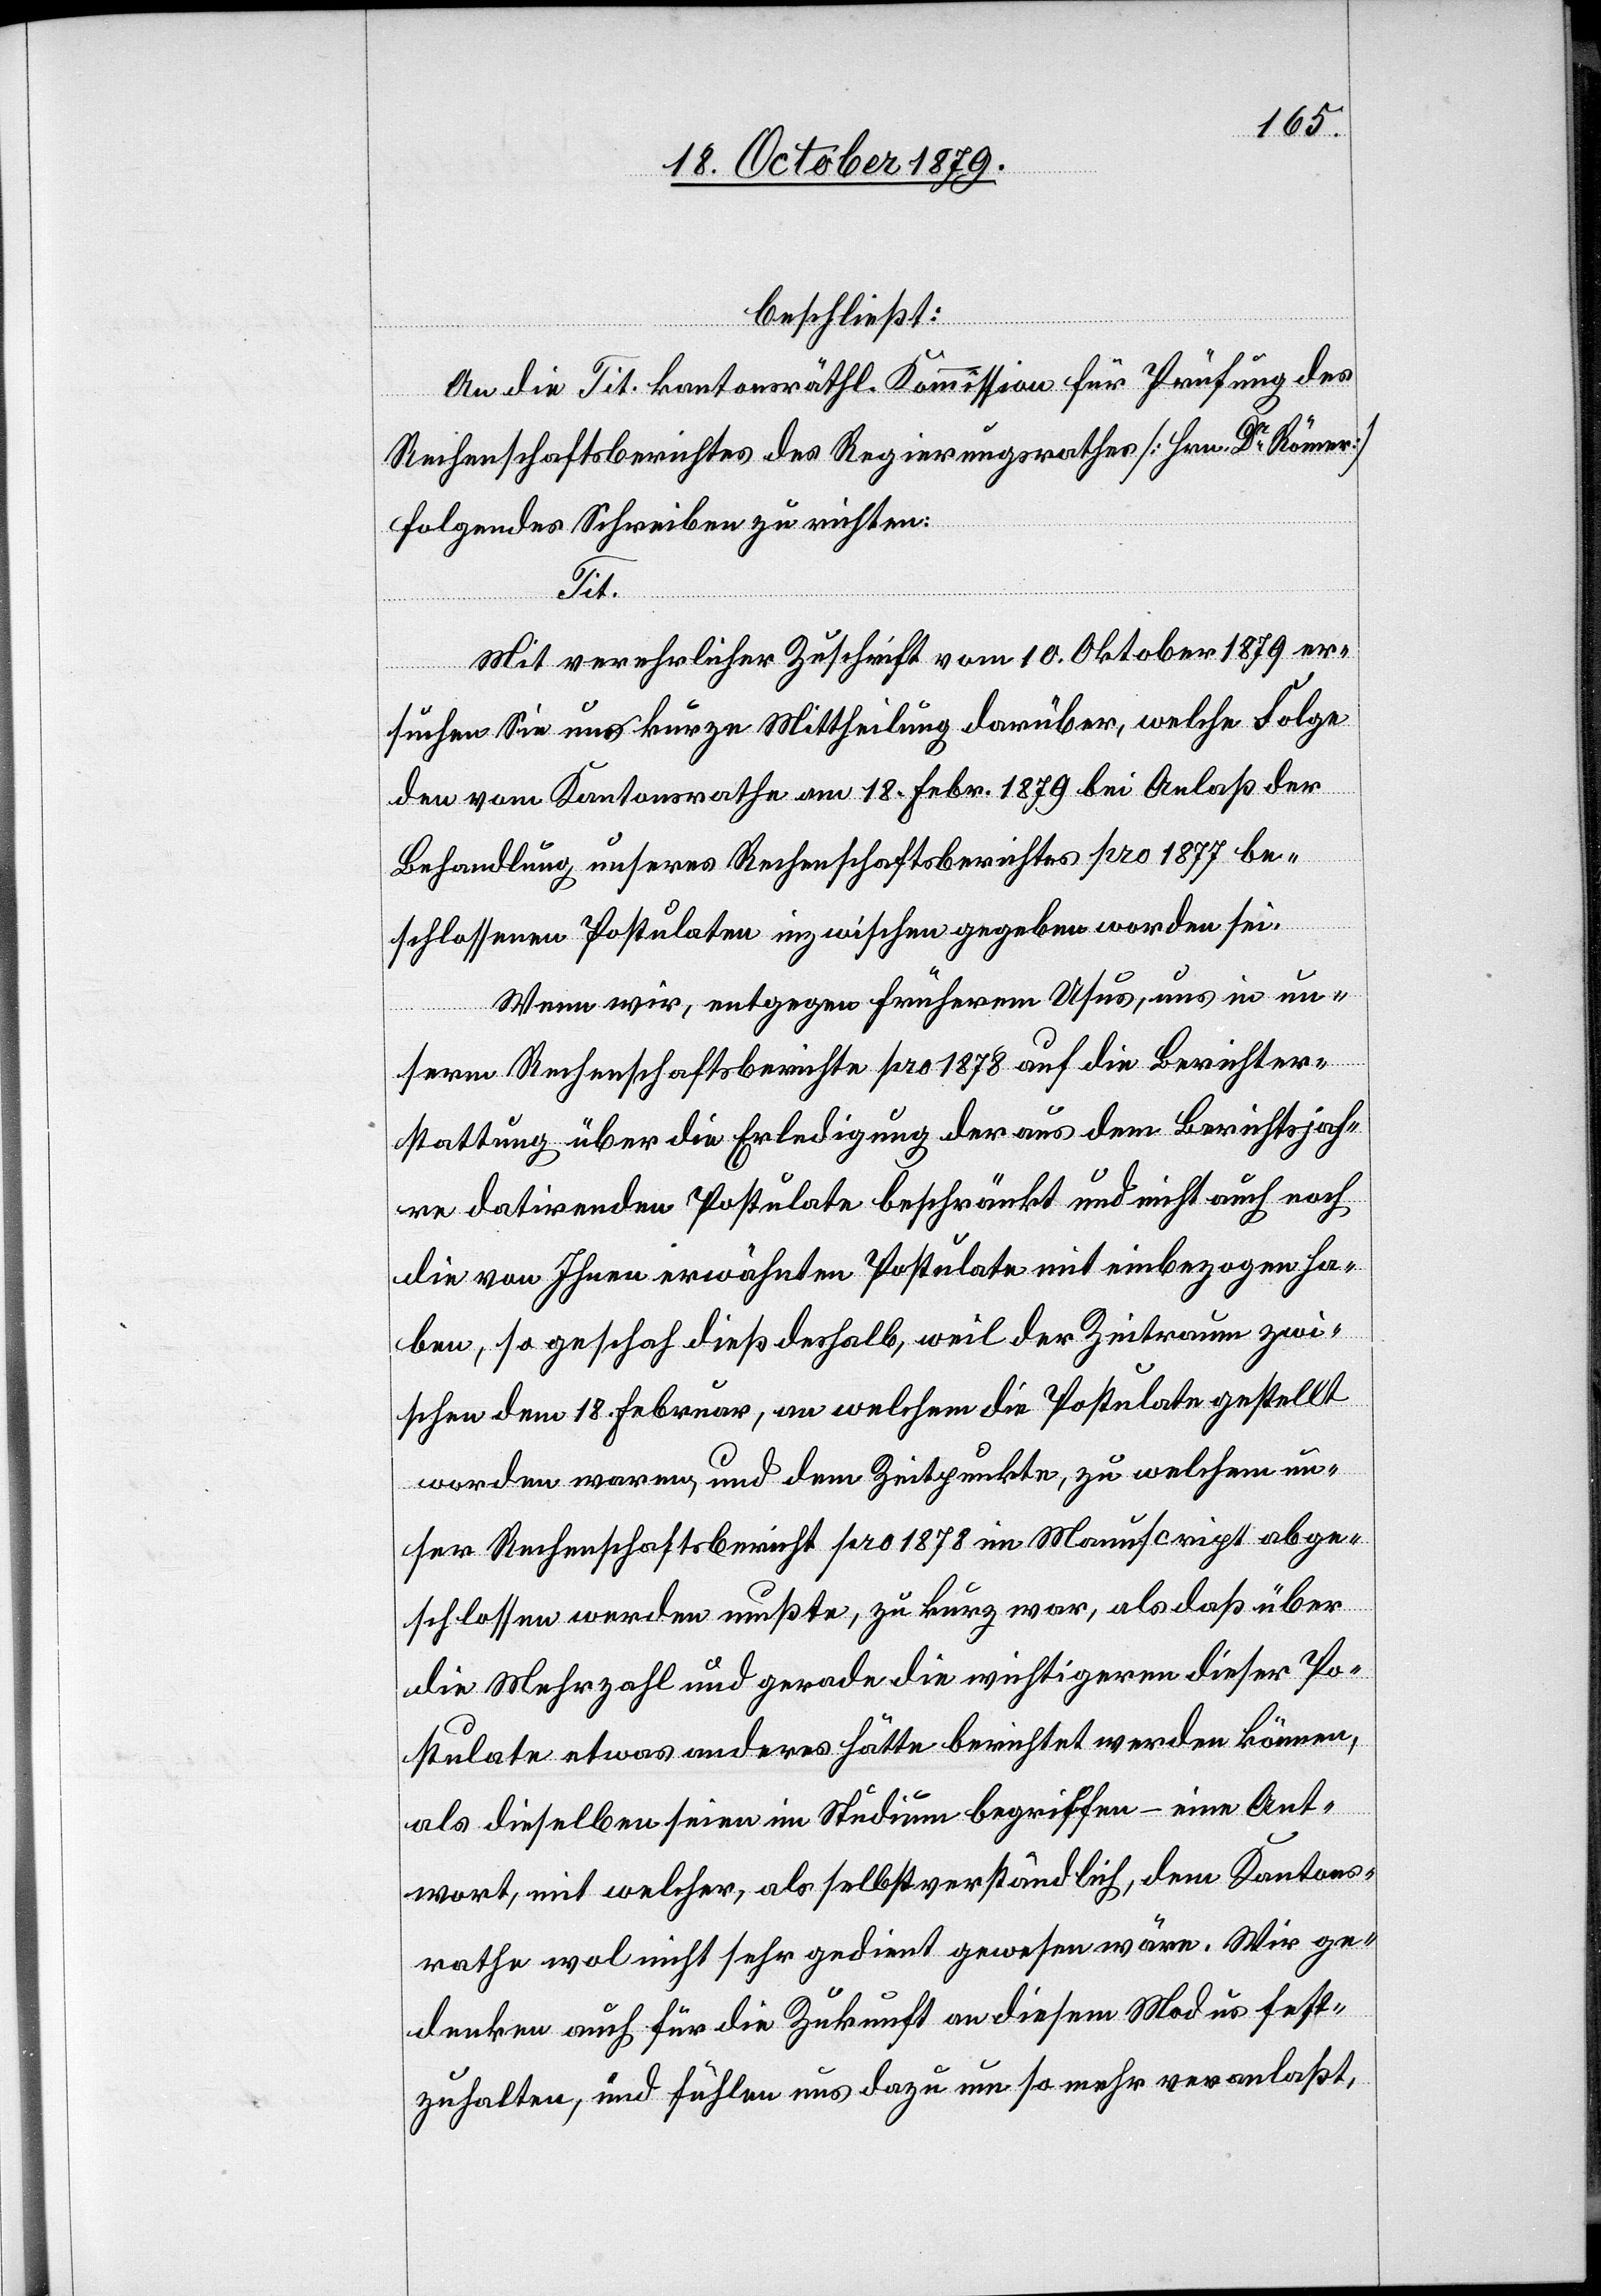
beschließt:
An die Tit. kantonsräthl. Kommission für Prüfung des
Rechenschaftsberichtes des Regierungsrathes [Hrn. Dr Römer]
folgendes Schreiben zu richten:
Tit.
Mit verehrlicher Zuschrift vom 10. Oktober 1879 er¬
suchen wir Sie um kurze Mittheilung darüber, welche Folge
den vom Kantonsrathe am 18. Febr. 1879 bei Anlaß der
Behandlung unseres Rechenschaftsberichtes pro 1877 be¬
schlossenen Postulaten inzwischen gegeben worden sei.
Wenn wir, entgegen früheren Usus, uns in un¬
serm Rechenschaftsberichte pro 1878 auf die Berichter¬
stattung über die Erledigung der aus dem Berichtsjah¬
re datirenden Postulate beschränkt und nicht auch noch
die von Ihnen erwähnten Postulate mit einbezogen ha¬
ben, so geschah dieß deshalb, weil der Zeitraum zwi¬
schen dem 18. Februar, an welchem die Postulate gestellt
worden waren, und dem Zeitpunkte, zu welchem un¬
ser Rechenschaftsbericht pro 1878 im Manuscript abge¬
schlossen werden mußte, zu kurz war, als daß über
die Mehrzahl und gerade die wichtigeren dieser Po¬
stulate etwas anderes hätte berichtet werden können,
als dieselben seien im Studium begriffen – eine Ant¬
wort, mit welcher, als selbstverständlich, dem Kantons¬
rathe wol nicht sehr gedient gewesen wäre. Wir ge¬
denken auch für die Zukunft an diesem Modus fest¬
zuhalten, und fühlen uns dazu um so mehr veranlaßt,